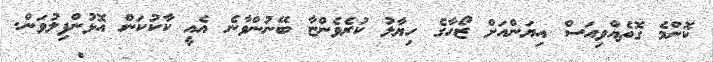
ކޮންމެ ގޮތެއްވިއަސް އިޔަންއަށް ޒޯހާގެ ހިޔާލު ކުރެވެންޏާ ބޭނުންވާނެ އެއީ ކާކުކަން އޮޅުންފިލުވަން.